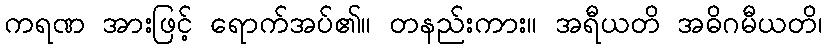
ကရဏ အားဖြင့် ရောက်အပ်၏။ တနည်းကား။ အရီယတိ အဓိဂမီယတိ၊